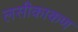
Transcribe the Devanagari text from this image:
लसीकाकण